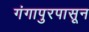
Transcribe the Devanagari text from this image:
गंगापुरपासून